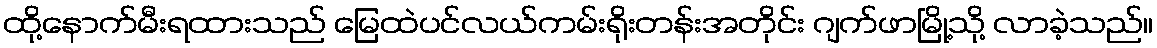
ထို့နောက်မီးရထားသည် မြေထဲပင်လယ်ကမ်းရိုးတန်းအတိုင်း ဂျက်ဖာမြို့သို့ လာခဲ့သည်။